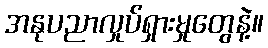
အနုပညာလှုပ်ရှားမှုတွေနဲ့။